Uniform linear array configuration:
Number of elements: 16
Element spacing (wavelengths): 0.5
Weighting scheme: hann
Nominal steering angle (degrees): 30
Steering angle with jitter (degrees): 31.769
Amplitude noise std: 0.05
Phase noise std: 0.05

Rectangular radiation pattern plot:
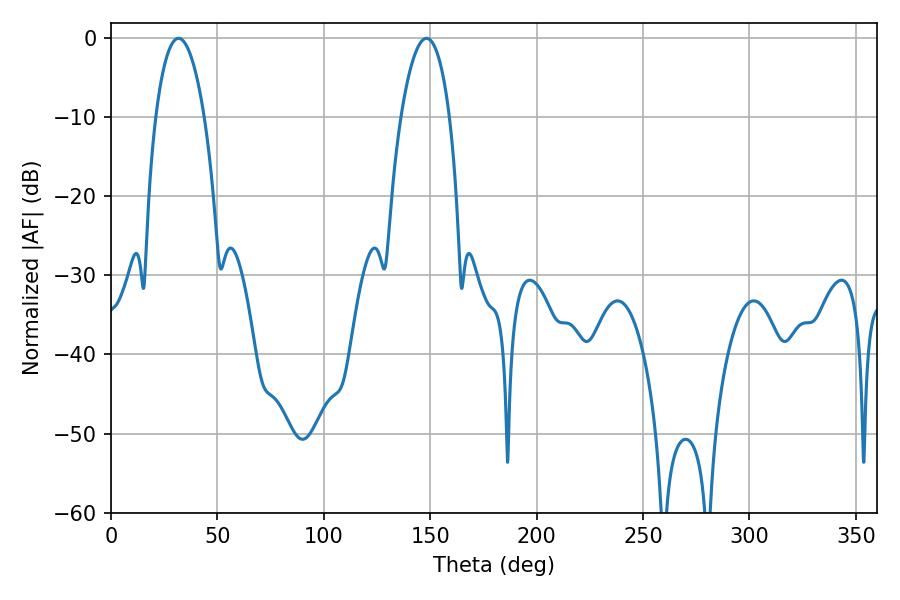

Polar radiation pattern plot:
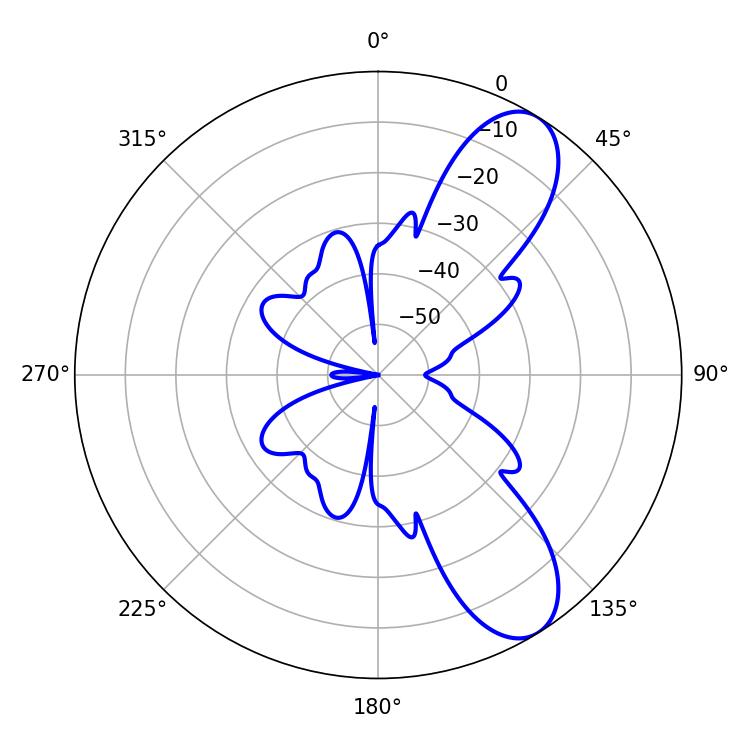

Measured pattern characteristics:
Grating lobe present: FALSE
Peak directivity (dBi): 9.021
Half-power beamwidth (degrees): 12.78
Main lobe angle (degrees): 31.68